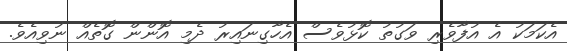
އެކަމަކު އެ އުފާވެރި ވަގުތު ކޮޅުވެސް އެހާގިނައިރު ދެމި އޮންން ގޮތެއް ނުވިއެވެ.